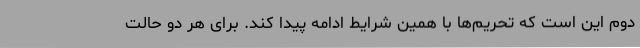
دوم این است که تحریم‌ها با همین شرایط ادامه پیدا کند. برای هر دو حالت